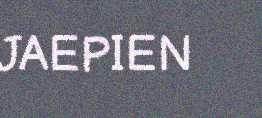
JAEPIEN